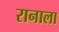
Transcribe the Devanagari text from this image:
रानाला